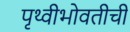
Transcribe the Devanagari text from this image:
पृथ्वीभोवतीची